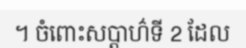
។ ចំពោះសប្តាហ៌ទី 2 ដែល